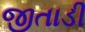
જીતાડી